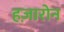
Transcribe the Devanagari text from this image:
हज़ारोन